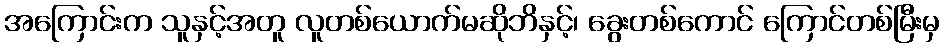
အကြောင်းက သူနှင့်အတူ လူတစ်ယောက်မဆိုဘိနှင့်၊ ခွေးတစ်ကောင် ကြောင်တစ်မြီးမှ